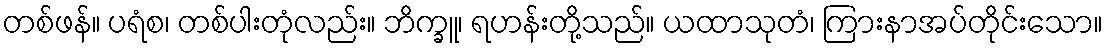
တစ်ဖန်။ ပရံစ၊ တစ်ပါးတုံလည်း။ ဘိက္ခူ၊ ရဟန်းတို့သည်။ ယထာသုတံ၊ ကြားနာအပ်တိုင်းသော။